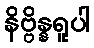
နိဗ္ဗိန္နရူပါ